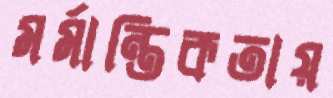
মর্মান্তিকতায়